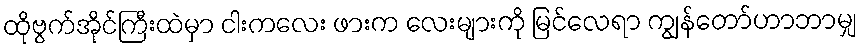
ထိုဗွက်အိုင်ကြီးထဲမှာ ငါးကလေး ဖားက လေးများကို မြင်လေရာ ကျွန်တော်ဟာဘာမျှ